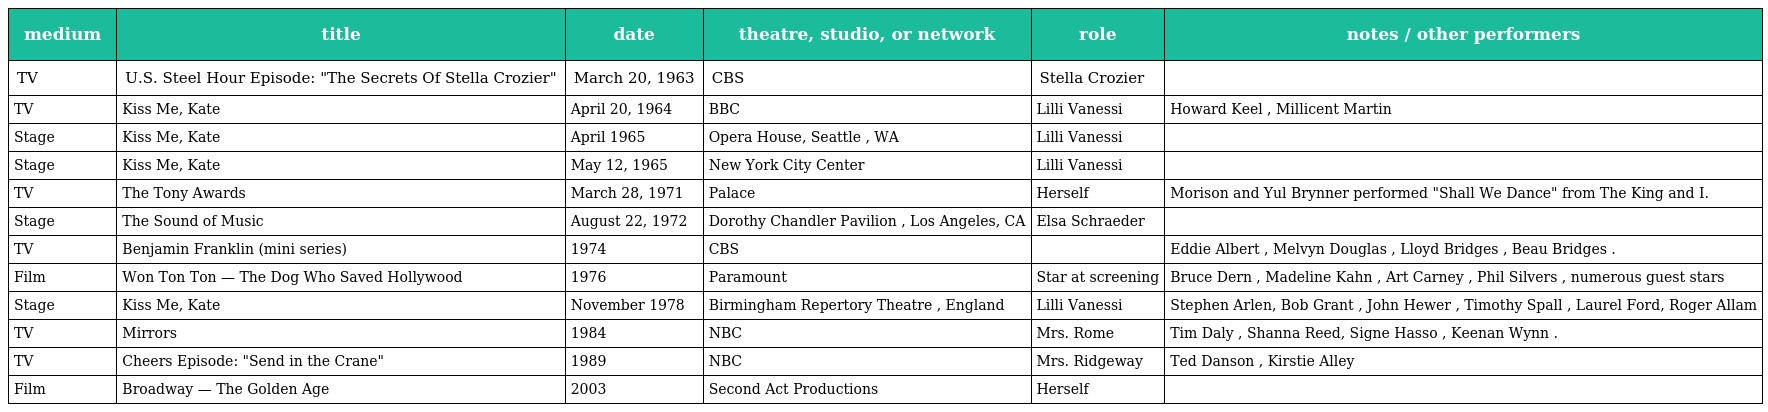
| medium | title | date | theatre, studio, or network | role | notes / other performers |
 | --- | --- | --- | --- | --- | --- |
 | TV | U.S. Steel Hour Episode: "The Secrets Of Stella Crozier" | March 20, 1963 | CBS | Stella Crozier |  |
 | TV | Kiss Me, Kate | April 20, 1964 | BBC | Lilli Vanessi | Howard Keel , Millicent Martin |
 | Stage | Kiss Me, Kate | April 1965 | Opera House, Seattle , WA | Lilli Vanessi |  |
 | Stage | Kiss Me, Kate | May 12, 1965 | New York City Center | Lilli Vanessi |  |
 | TV | The Tony Awards | March 28, 1971 | Palace | Herself | Morison and Yul Brynner performed "Shall We Dance" from The King and I. |
 | Stage | The Sound of Music | August 22, 1972 | Dorothy Chandler Pavilion , Los Angeles, CA | Elsa Schraeder |  |
 | TV | Benjamin Franklin (mini series) | 1974 | CBS |  | Eddie Albert , Melvyn Douglas , Lloyd Bridges , Beau Bridges . |
 | Film | Won Ton Ton — The Dog Who Saved Hollywood | 1976 | Paramount | Star at screening | Bruce Dern , Madeline Kahn , Art Carney , Phil Silvers , numerous guest stars |
 | Stage | Kiss Me, Kate | November 1978 | Birmingham Repertory Theatre , England | Lilli Vanessi | Stephen Arlen, Bob Grant , John Hewer , Timothy Spall , Laurel Ford, Roger Allam |
 | TV | Mirrors | 1984 | NBC | Mrs. Rome | Tim Daly , Shanna Reed, Signe Hasso , Keenan Wynn . |
 | TV | Cheers Episode: "Send in the Crane" | 1989 | NBC | Mrs. Ridgeway | Ted Danson , Kirstie Alley |
 | Film | Broadway — The Golden Age | 2003 | Second Act Productions | Herself |  |